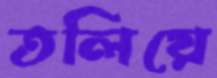
তলিয়ে